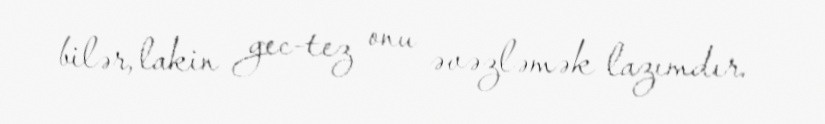
bilər, lakin gec-tez onu əvəzləmək lazımdır.